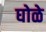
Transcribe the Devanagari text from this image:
घोळे